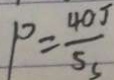
P = \frac { 4 0 J } { 5 S }